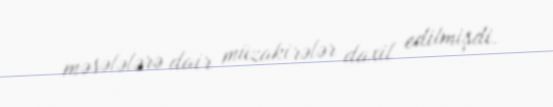
məsələlərə dair müzakirələr daxil edilmişdi.